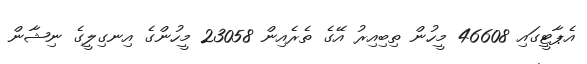
އެޕާޓީގައި 46608 މީހުން ތިބިއިރު އޭގެ ތެރެއިން 23058 މީހުންގެ އިނގިލީގެ ނިޝާން